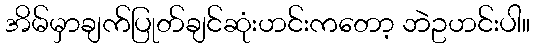
အိမ်မှာချက်ပြုတ်ချင်ဆုံးဟင်းကတော့ ဘဲဥဟင်းပါ။